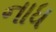
નાધ